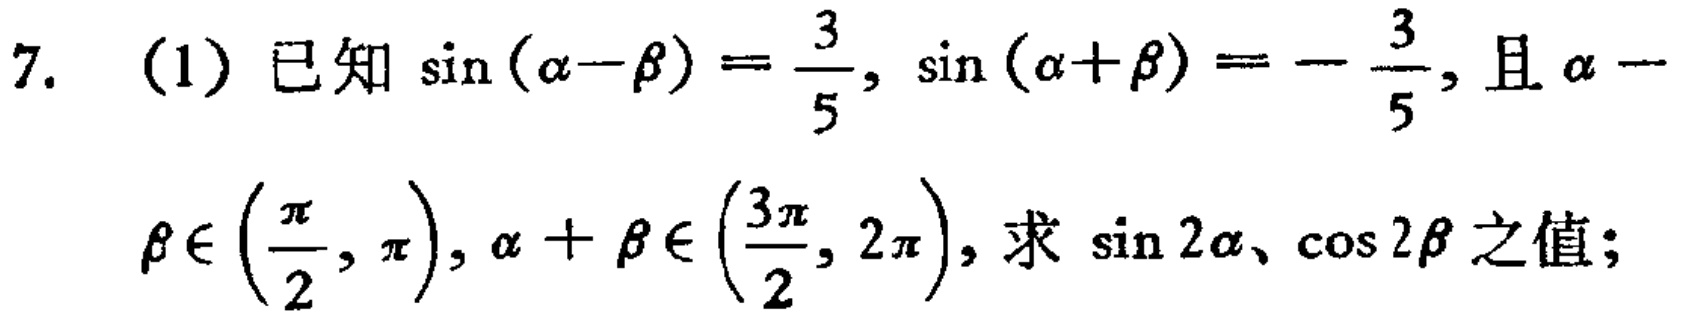
7. (1) 已知\(\sin(\alpha - \beta)=\frac{3}{5}\)，\(\sin(\alpha + \beta)=-\frac{3}{5}\)，且\(\alpha - \beta\in\left(\frac{\pi}{2},\pi\right)\)，\(\alpha + \beta\in\left(\frac{3\pi}{2},2\pi\right)\)，求\(\sin 2\alpha\)、\(\cos 2\beta\)之值；